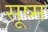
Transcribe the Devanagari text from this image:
सूष्म